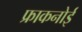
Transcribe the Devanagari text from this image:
फ्राकनोई